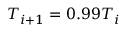
T _ { i + 1 } = 0 . 9 9 T _ { i }